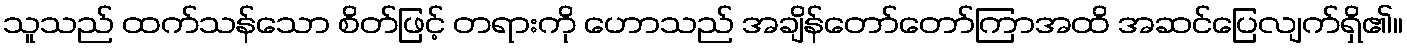
သူသည် ထက်သန်သော စိတ်ဖြင့် တရားကို ဟောသည် အချိန်တော်တော်ကြာအထိ အဆင်ပြေလျက်ရှိ၏။